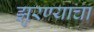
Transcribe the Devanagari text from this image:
झुरण्याचा